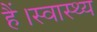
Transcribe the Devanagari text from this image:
हैं।स्वास्थ्य